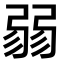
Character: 𢐅